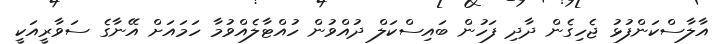
އާލާސްކަންފުޅު ޖެހިގެން ދާދި ފަހުން ބައިސްކަލް ދުއްވުން ހުއްޓާލެއްވުމާ ހަމައަށް އޭނާގެ ސަވާރީއަކީ